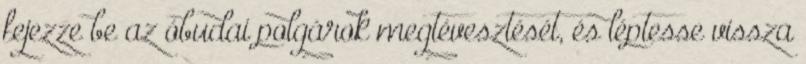
fejezze be az óbudai polgárok megtévesztését, és léptesse vissza